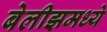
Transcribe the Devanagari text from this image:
बेलीझमध्ये